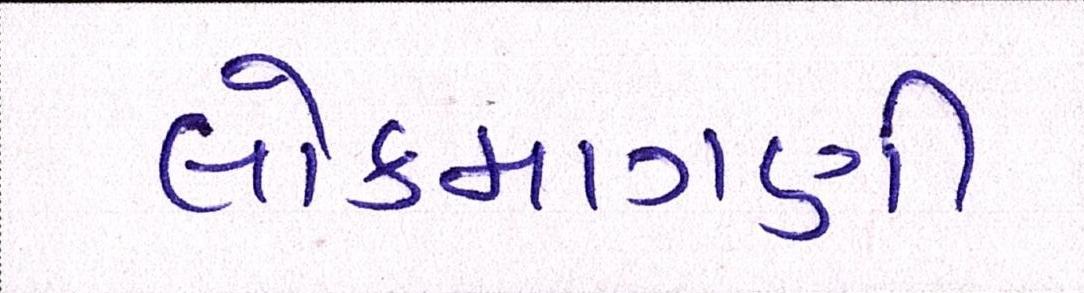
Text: લોકમાગણી